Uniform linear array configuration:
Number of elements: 8
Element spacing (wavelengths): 1
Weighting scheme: hann
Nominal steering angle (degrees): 45
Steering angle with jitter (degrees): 46.17
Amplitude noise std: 0.05
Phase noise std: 0.05

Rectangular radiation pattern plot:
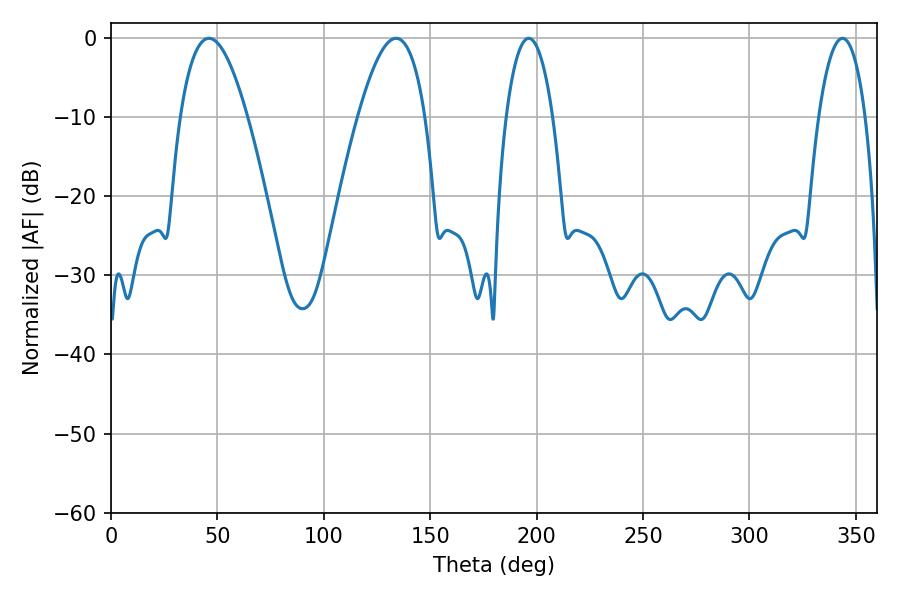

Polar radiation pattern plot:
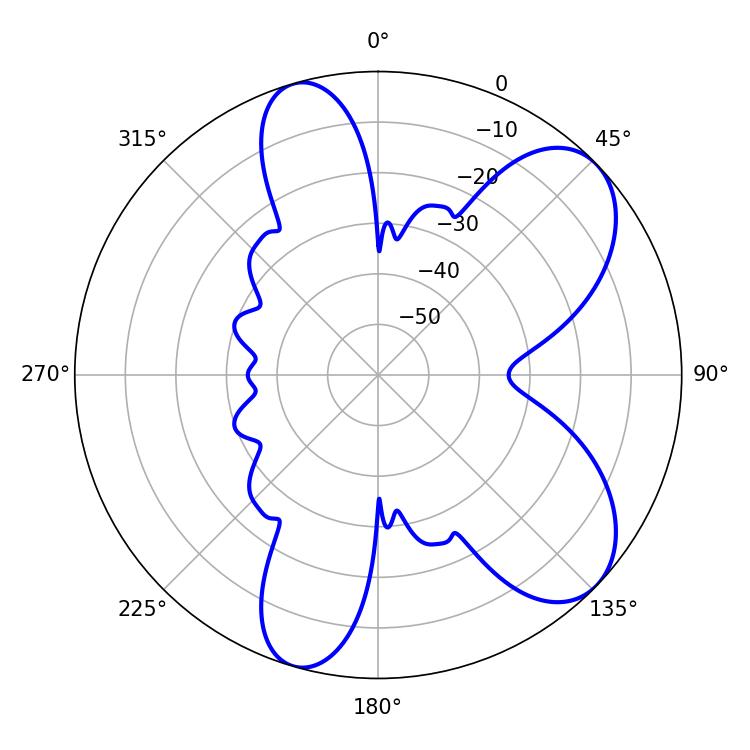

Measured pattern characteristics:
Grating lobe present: TRUE
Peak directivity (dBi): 7.637
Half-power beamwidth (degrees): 17.28
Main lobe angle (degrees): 133.92